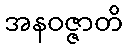
အနဝဇ္ဇာတိ